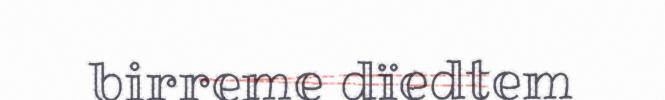
birreme dïedtem